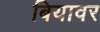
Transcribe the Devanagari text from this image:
बियावर